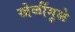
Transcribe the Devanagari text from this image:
खेळींमुळे